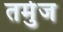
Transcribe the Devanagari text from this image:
तर्मुज